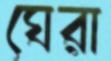
ঘেরা